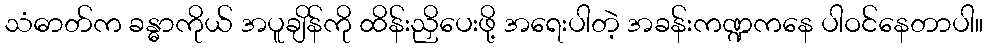
သံဓာတ်က ခန္ဓာကိုယ် အပူချိန်ကို ထိန်းညှိပေးဖို့ အရေးပါတဲ့ အခန်းကဏ္ဍကနေ ပါဝင်နေတာပါ။